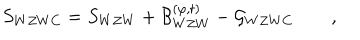
S _ { W Z W C } = S _ { W Z W } + { \cal B } _ { W Z W } ^ { ( \varphi , t ) } - { \cal G } _ { W Z W C } \qquad ,